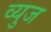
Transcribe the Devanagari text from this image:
व्युज